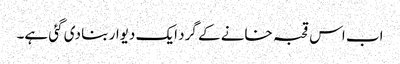
اب اس قحبہ خانے کے گرد ایک دیوار بنا دی گئی ہے۔